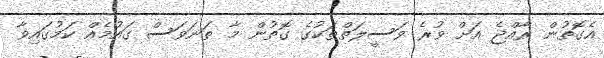
އެގޮތުން ރާއްޖެ އަށް ވުރެ ވަސީލަތްތަކުގެ ގޮތުން މާ ތަނަވަސް ގައުމެއް ކަމުގައިވާ